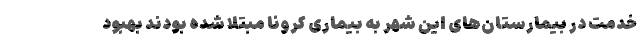
خدمت در بیمارستان‌های این شهر به بیماری کرونا مبتلا شده بودند بهبود